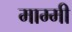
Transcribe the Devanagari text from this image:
माम्मी